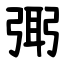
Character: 㢽